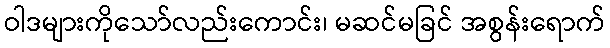
ဝါဒများကိုသော်လည်းကောင်း၊ မဆင်မခြင် အစွန်းရောက်